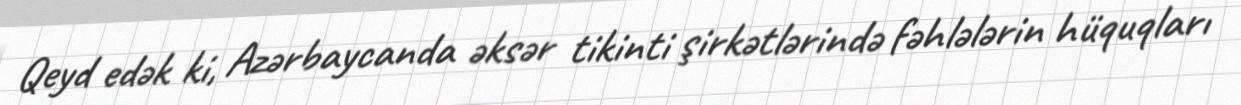
Qeyd edək ki, Azərbaycanda əksər tikinti şirkətlərində fəhlələrin hüquqları